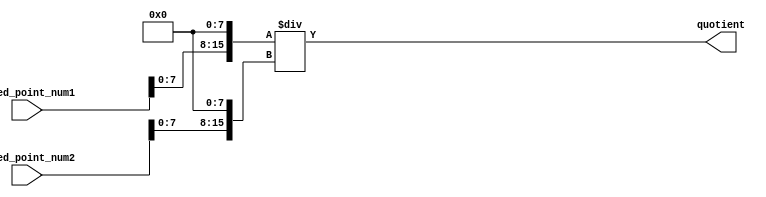
module fixed_point_divider(
    input signed [15:0] fixed_point_num1,
    input signed [15:0] fixed_point_num2,
    output reg signed [15:0] quotient
);

reg signed [15:0] scaled_num1;
reg signed [15:0] scaled_num2;
reg signed [15:0] remainder;

// Scale input numbers
always @(*) begin
    scaled_num1 = fixed_point_num1 << 8; // Shift left by 8 bits to align fractional part
    scaled_num2 = fixed_point_num2 << 8;
end

// Division operation
always @(*) begin
    quotient = scaled_num1 / scaled_num2;
    remainder = scaled_num1 % scaled_num2;
end

endmodule